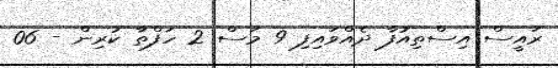
ރައީސް އިސްތިއުފާ ދެއްވައިފި 9 މަސް 2 ހަފްތާ ކުރިން - 06